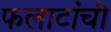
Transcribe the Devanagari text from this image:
फलाटांची